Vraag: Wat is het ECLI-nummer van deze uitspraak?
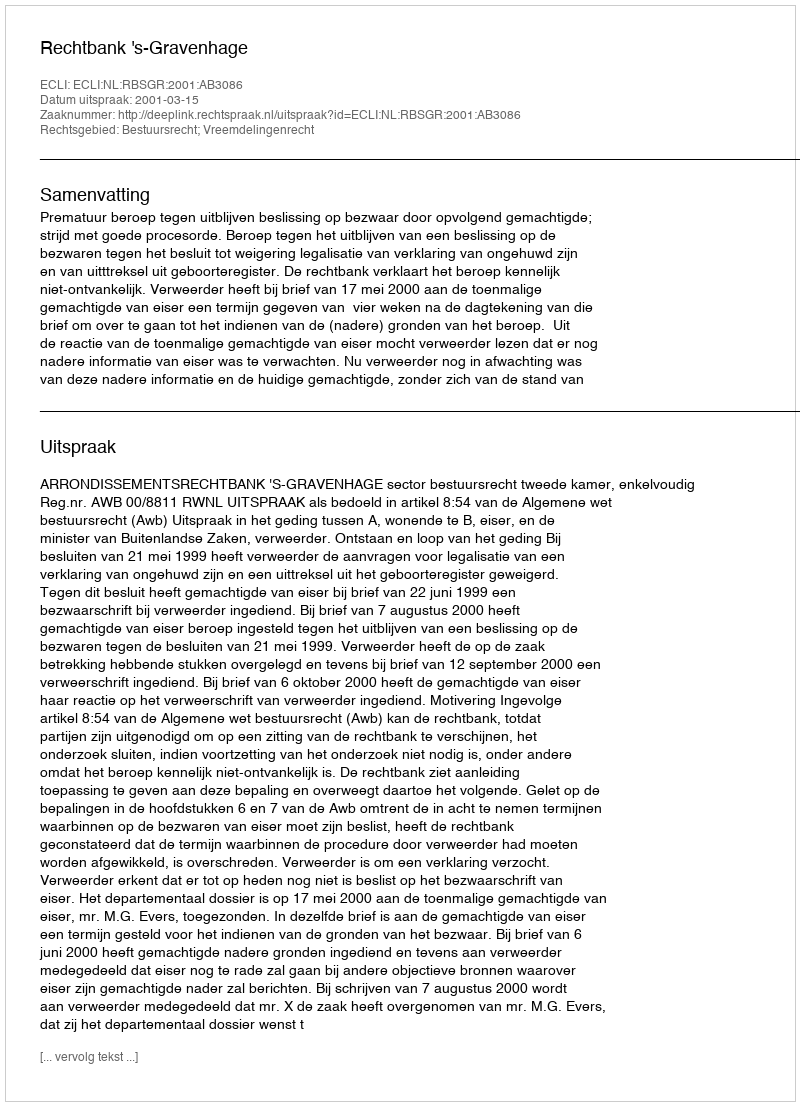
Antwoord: ECLI:NL:RBSGR:2001:AB3086